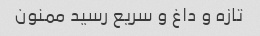
تازه و داغ و سریع رسید ممنون